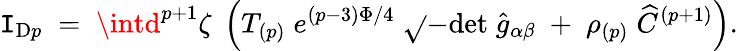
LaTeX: \mathtt{I}_{\mathrm{{D}}p}\; =\; \intd^{p+1}\zeta\; \left(T_{(p)}\; e^{(p-3)\Phi/4}\; \sqrt{}{{-\mathrm{{det}}\; {\widehat{g}}_{\alpha\beta}}}\; +\; \rho_{(p)}\; \widehat{C}^{(p+1)}\right).